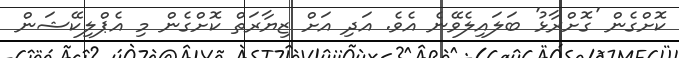
ކޮށްގެން 'ގޮށްރާޅު' ބަލައިލެވޭނެ އެވެ. އަދި އަށް ޒިޔާރަތް ކޮށްގެން މި އެޕްލިކޭޝަން